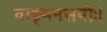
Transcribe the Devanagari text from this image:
वाङ्मनसयोः।